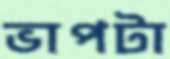
ভাপটা